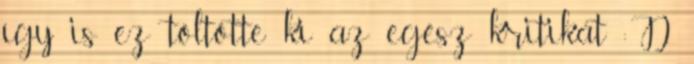
így is ez töltötte ki az egész kritikát :D